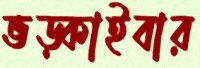
ভড়্‌কাইবার